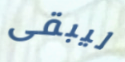
ليبقى